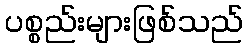
ပစ္စည်းများဖြစ်သည်